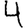
Digit: 4